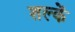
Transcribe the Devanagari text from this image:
शल्कें